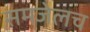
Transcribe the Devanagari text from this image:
समजेलच